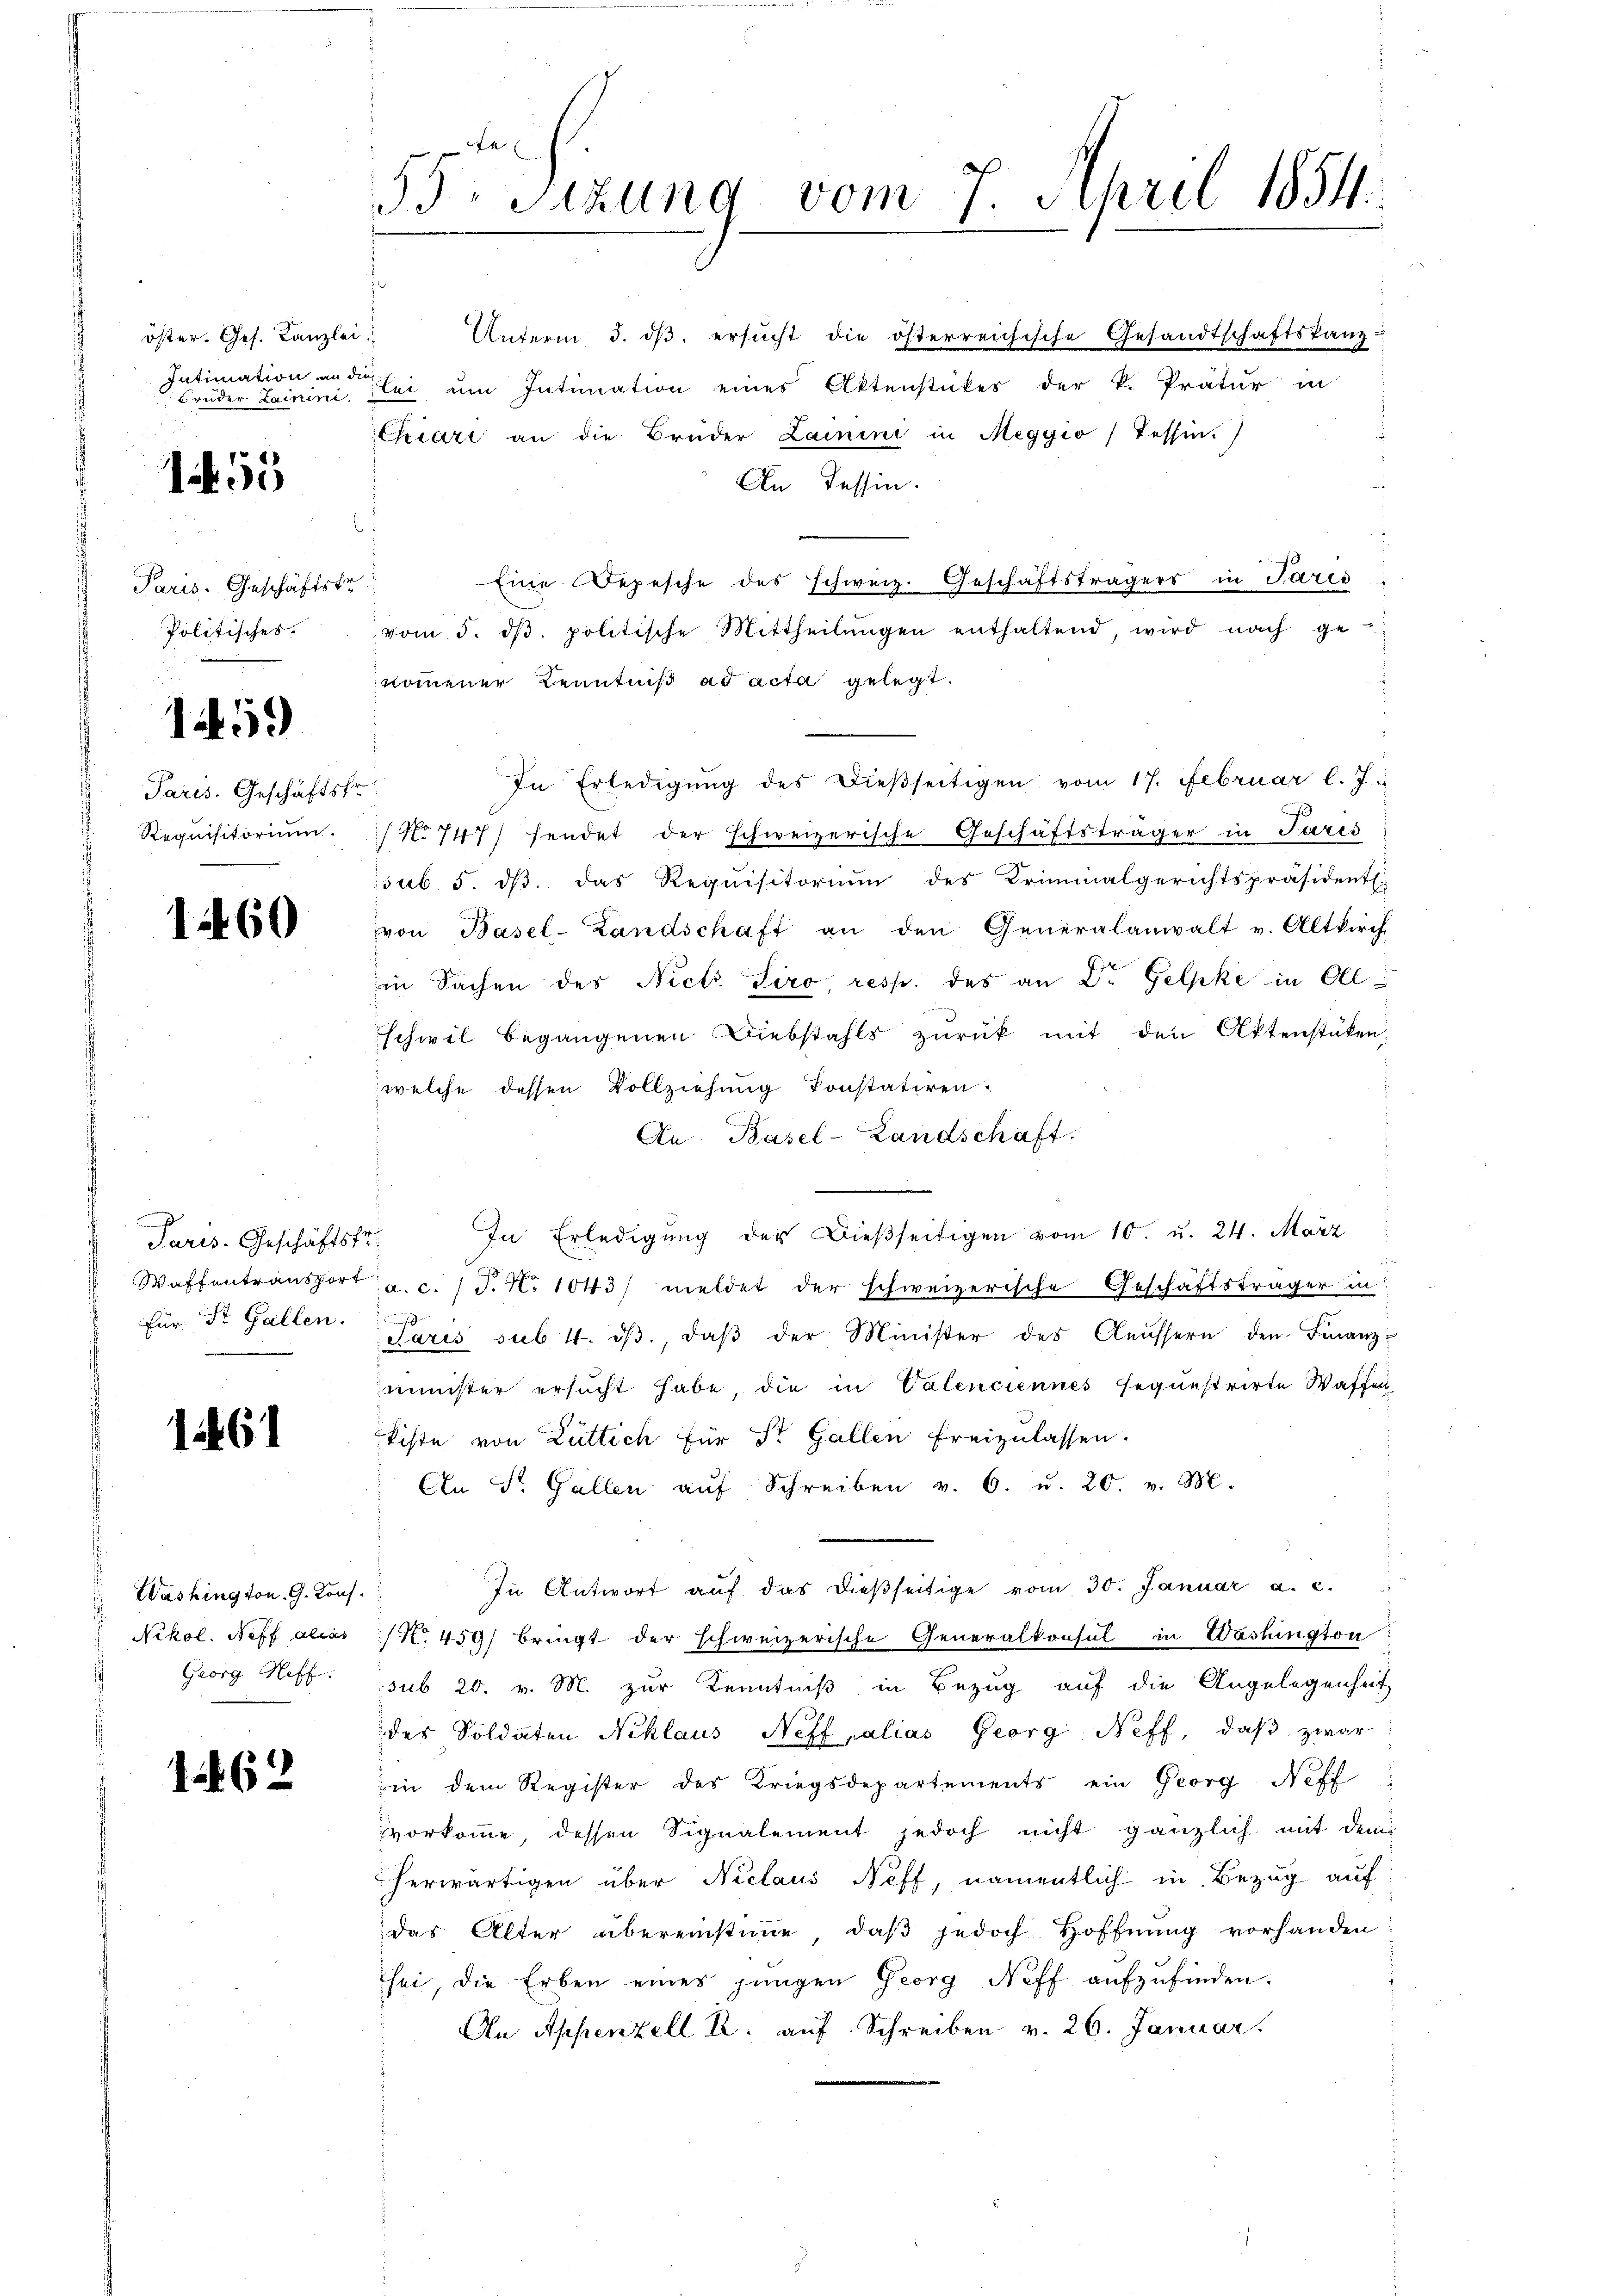
öster. Ges. Kanzlei
Intimation an die
Bruder Lammini

155

Paris. Geschäftstr
Politisches.

1459

Paris. Geschäftsf
Requisitorium.

12460

Paris. Geschäftsfr
Waffentransport
Für St. Gallen.

161

Washington G. Kons.
 Nikol. Neff alias
Georg Riff

162

53. Sitzung vom 7. April 1854

lei um Intimation eines Aktenstückes der k. Pratur in
Chiari an die Brüder Lainini in Meggio, Tessin.)
An Tessin.
Eine Depesche des schweiz. Geschäftsträgers in Paris
vom 5. dβ. politische Mittheilŭngen enthaltend, wird nach ge
nommener Kenntniß ad acta gelegt.
In Erledigung des dießseitigen vom 17. Februar l. J.
No 747 sendet der schweizerische Geschäftsträger in Paris
sub. 5. ds. das Requisitorium des Kriminalgerichtspräsidentl.
von Basel-Landschaft an den Generalanwalt v. Altkirch
in Sachen des Nicht Siro, resp. des an der Gelpke in Olschwil begangenen Diebstahls zŭrück mit den Aktenstüken
welche dessen Vollziehung konstatiren.
An Basel-Landschaft.
In Erledigung der dießseitigen vom 10. u. 24. März
a.c. (T. N. 1043) meldet der schweizerische Geschäftsträger in
n
s
daris sub. 4. dβ. daβ der Minister des Aeussern den Finanz-
minister ersucht habe, die in Valenciennes sequestrirte Waffen
kiste von Lüttich für St. Gallen freizulassen.
An St. Gallen aŭf Schreiben v. 6. u. 20. v. M.
In Antwort auf das dießseitige vom 30. Januar a. c.
No. 459) bringt der schweizerische Generalkonsul in Washington
sub 20. v. M. zur Kenntniß in Bezug auf die Angelegenheit
des Soldaten Niklaus Neff, alias Georg Neff, daß zwar
in dem Register des Kriegsdepartements ein Georg Neff
vorkomme dessen Signalement jedoch nicht gänzlich mit dem
herwärtigen über Niclaus Neff, namentlich in Bezug auf
das Alter übereinstimme, daß jedoch Hoffnung vorhanden
sei, die Erben eines jungen Georg Neff aufzufinden.
An Appenzell u. auf Schreiben v. 26. Januar

Unterm 3. ds. ersucht die österreichische Gesandtschaftskanz-